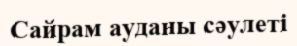
Сайрам ауданы сәулеті